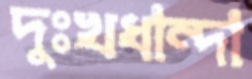
দুঃখধান্দা